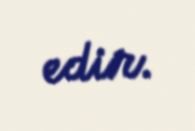
edir.